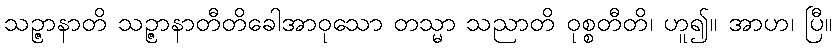
သဉ္ဇာနာတိ သဉ္ဇာနာတီတိခေါအာဝုသော တသ္မာ သညာတိ ဝုစ္စတီတိ၊ ဟူ၍။ အာဟ၊ ပြီ။